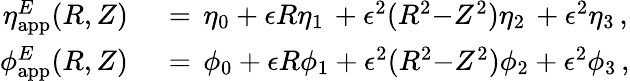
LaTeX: \begin{array}{rl}{\eta_{\mathrm{app}}^{E}(R,Z)\, }&{{}=\, \eta_{0}+\epsilon R\eta_{1}\, +\epsilon^{2}(R^{2}{-}Z^{2})\eta_{2}\, +\epsilon^{2}\eta_{3}\, ,}\\ {\phi_{\mathrm{app}}^{E}(R,Z)\, }&{{}=\, \phi_{0}+\epsilon R\phi_{1}+\epsilon^{2}(R^{2}{-}Z^{2})\phi_{2}+\epsilon^{2}\phi_{3}\, ,}\end{array}